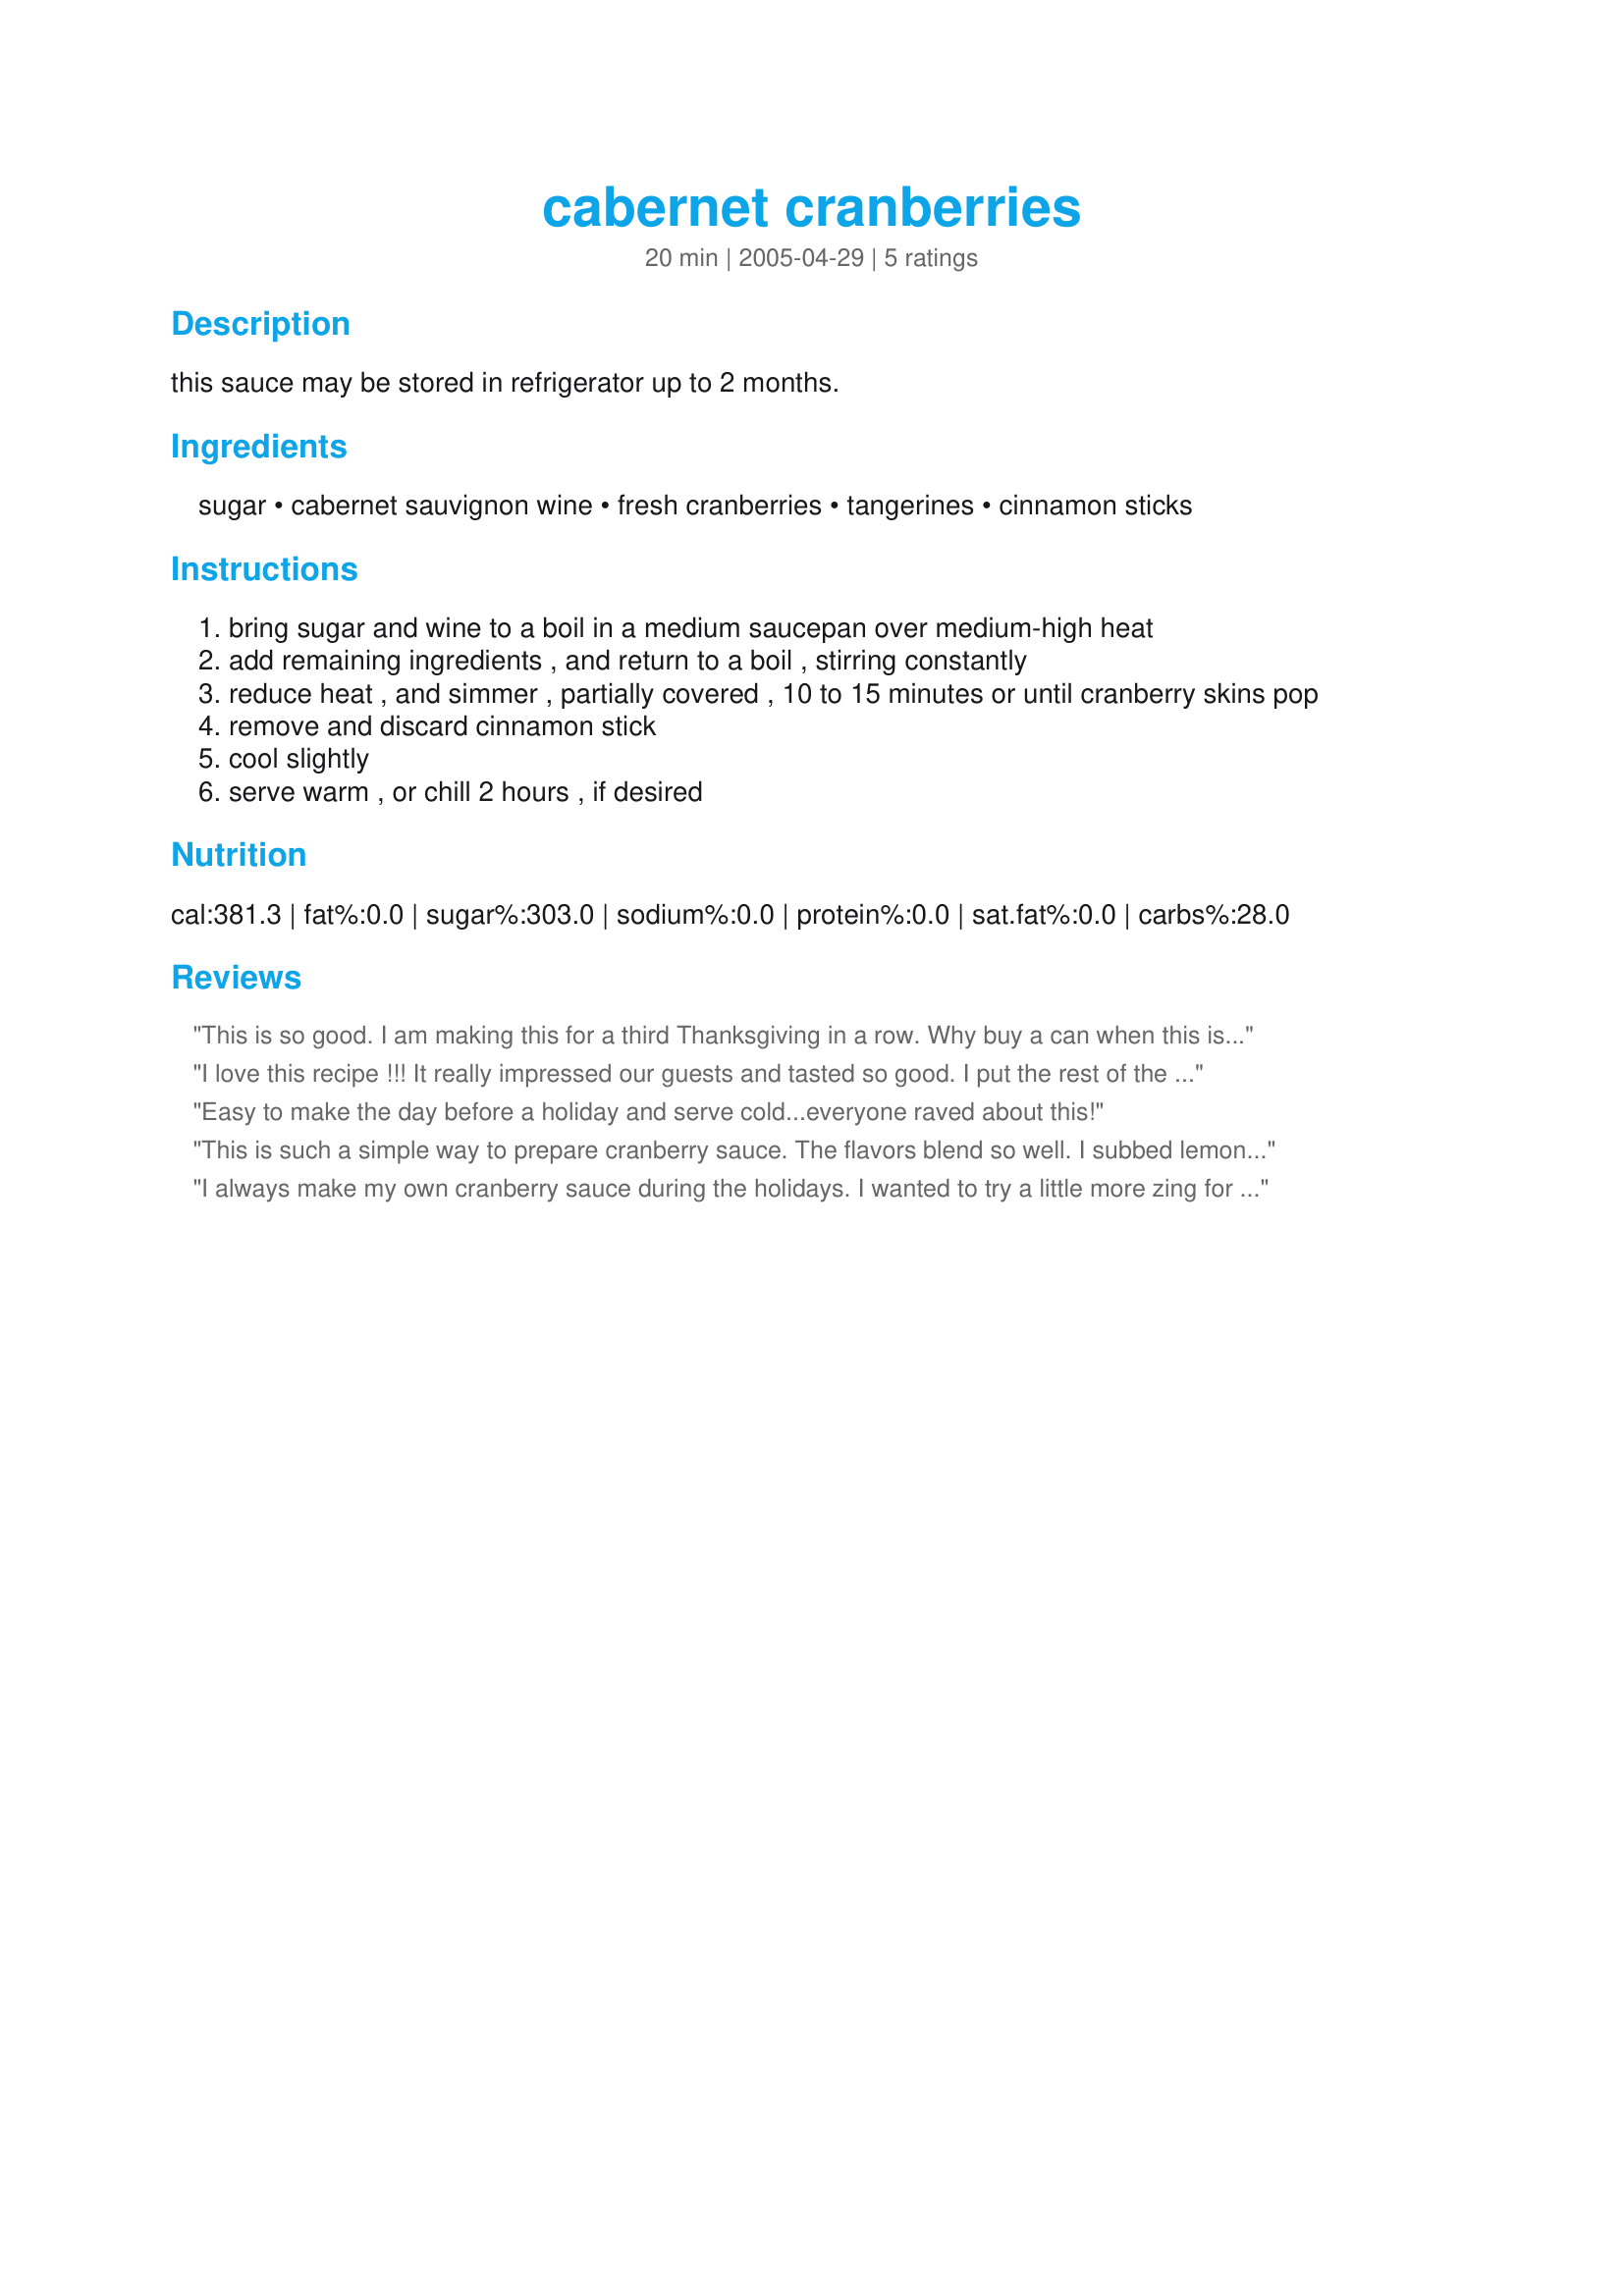
cabernet cranberries
Preparation time: 20 minutes

this sauce may be stored in refrigerator up to 2 months.

Ingredients:
sugar, cabernet sauvignon wine, fresh cranberries, tangerines, cinnamon sticks

Steps:
bring sugar and wine to a boil in a medium saucepan over medium-high heat
add remaining ingredients , and return to a boil , stirring constantly
reduce heat , and simmer , partially covered , 10 to 15 minutes or until cranberry skins pop
remove and discard cinnamon stick
cool slightly
serve warm , or chill 2 hours , if desired

Reviews:
This is so good. I am making this for a third Thanksgiving in a row. Why buy a can when this is so easy. We all know it is the little things, like amazing cranberry sauce, that count!
I love this recipe !!! It really impressed our guests and tasted so good. I put the rest of the bottle of Cabernet on the table. I will never buy Cranberry in a Can again. This was just to easy.
Easy to make the day before a holiday and serve cold...everyone raved about this!
This is such a simple way to prepare cranberry sauce. The flavors blend so well. I subbed lemon zest for the orange because I forgot to add an orange to my grocery list. I am considering adding a bit of thickener to the leftovers and using it as a jelly/jam on my morning toast for the next week. :)
I always make my own cranberry sauce during the holidays. I wanted to try a little more zing for an adult party and this was really nice. My kids weren't crazy for it, but they like the canned jelly anyway. We enjoyed this and finished it off. I would make this again.
